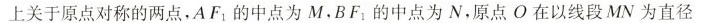
上关于原点对称的两点，AF_{1}的中点为M，BF_{1}的中点为N，原点O在以线段MN为直径